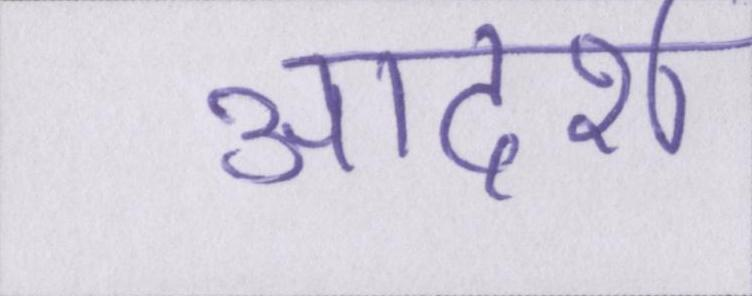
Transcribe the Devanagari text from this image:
आदर्श